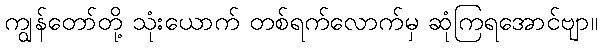
ကျွန်တော်တို့ သုံးယောက် တစ်ရက်လောက်မှ ဆုံကြရအောင်ဗျာ။